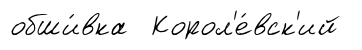
обши́вка Корол'е́вск'ий